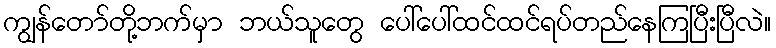
ကျွန်တော်တို့ဘက်မှာ ဘယ်သူတွေ ပေါ်ပေါ်ထင်ထင်ရပ်တည်နေကြပြီးပြီလဲ။